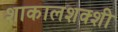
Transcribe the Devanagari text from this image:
शाकालशक्शी